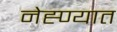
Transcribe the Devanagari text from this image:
नेह्ण्यात